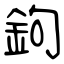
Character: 鉤